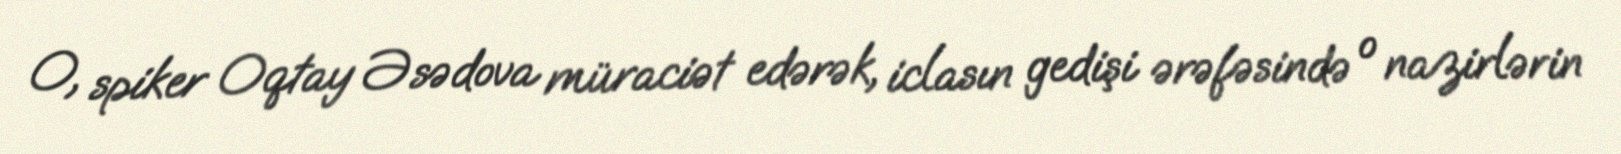
O, spiker Oqtay Əsədova müraciət edərək, iclasın gedişi ərəfəsində o nazirlərin